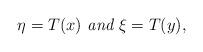
LaTeX: \begin{align*}\eta = T(x) \textit{ and } \xi = T(y),\end{align*}